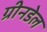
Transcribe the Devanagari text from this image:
ग्रीनडेल